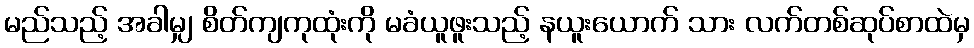
မည်သည့် အခါမျှ စိတ်ကျကုထုံးကို မခံယူဖူးသည့် နယူးယောက် သား လက်တစ်ဆုပ်စာထဲမှ